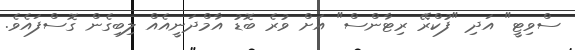
ސްވިޓީ" އަދި "ފުކްރޭ ރިޓާންސް" އަށް ވުރެ ބޮޑު އާމްދަނީއެއް ލިބިގެން ގޮސްފައެވެ.